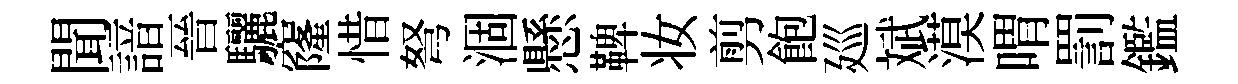
聞諳晉驪窿惜弩涸懸鞞妆剪飽廵斌漠喟罰鑑